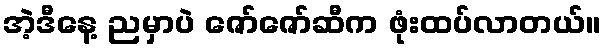
အဲ့ဒီနေ့ ညမှာပဲ ဇော်ဇော်ဆီက ဖုံးထပ်လာတယ်။